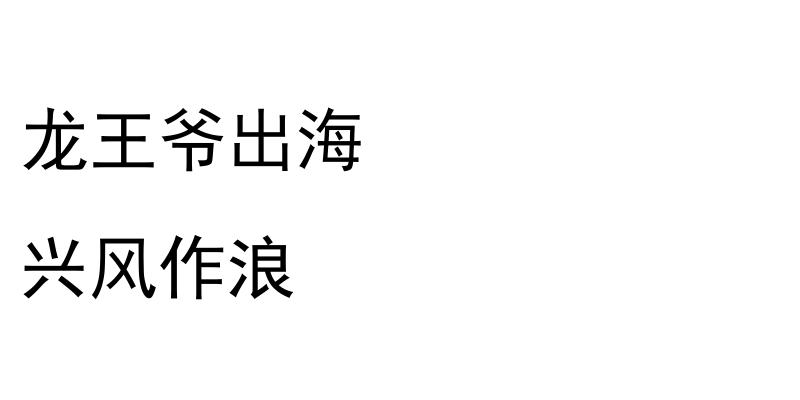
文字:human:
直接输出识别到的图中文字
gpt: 龙王爷出海 兴风作浪